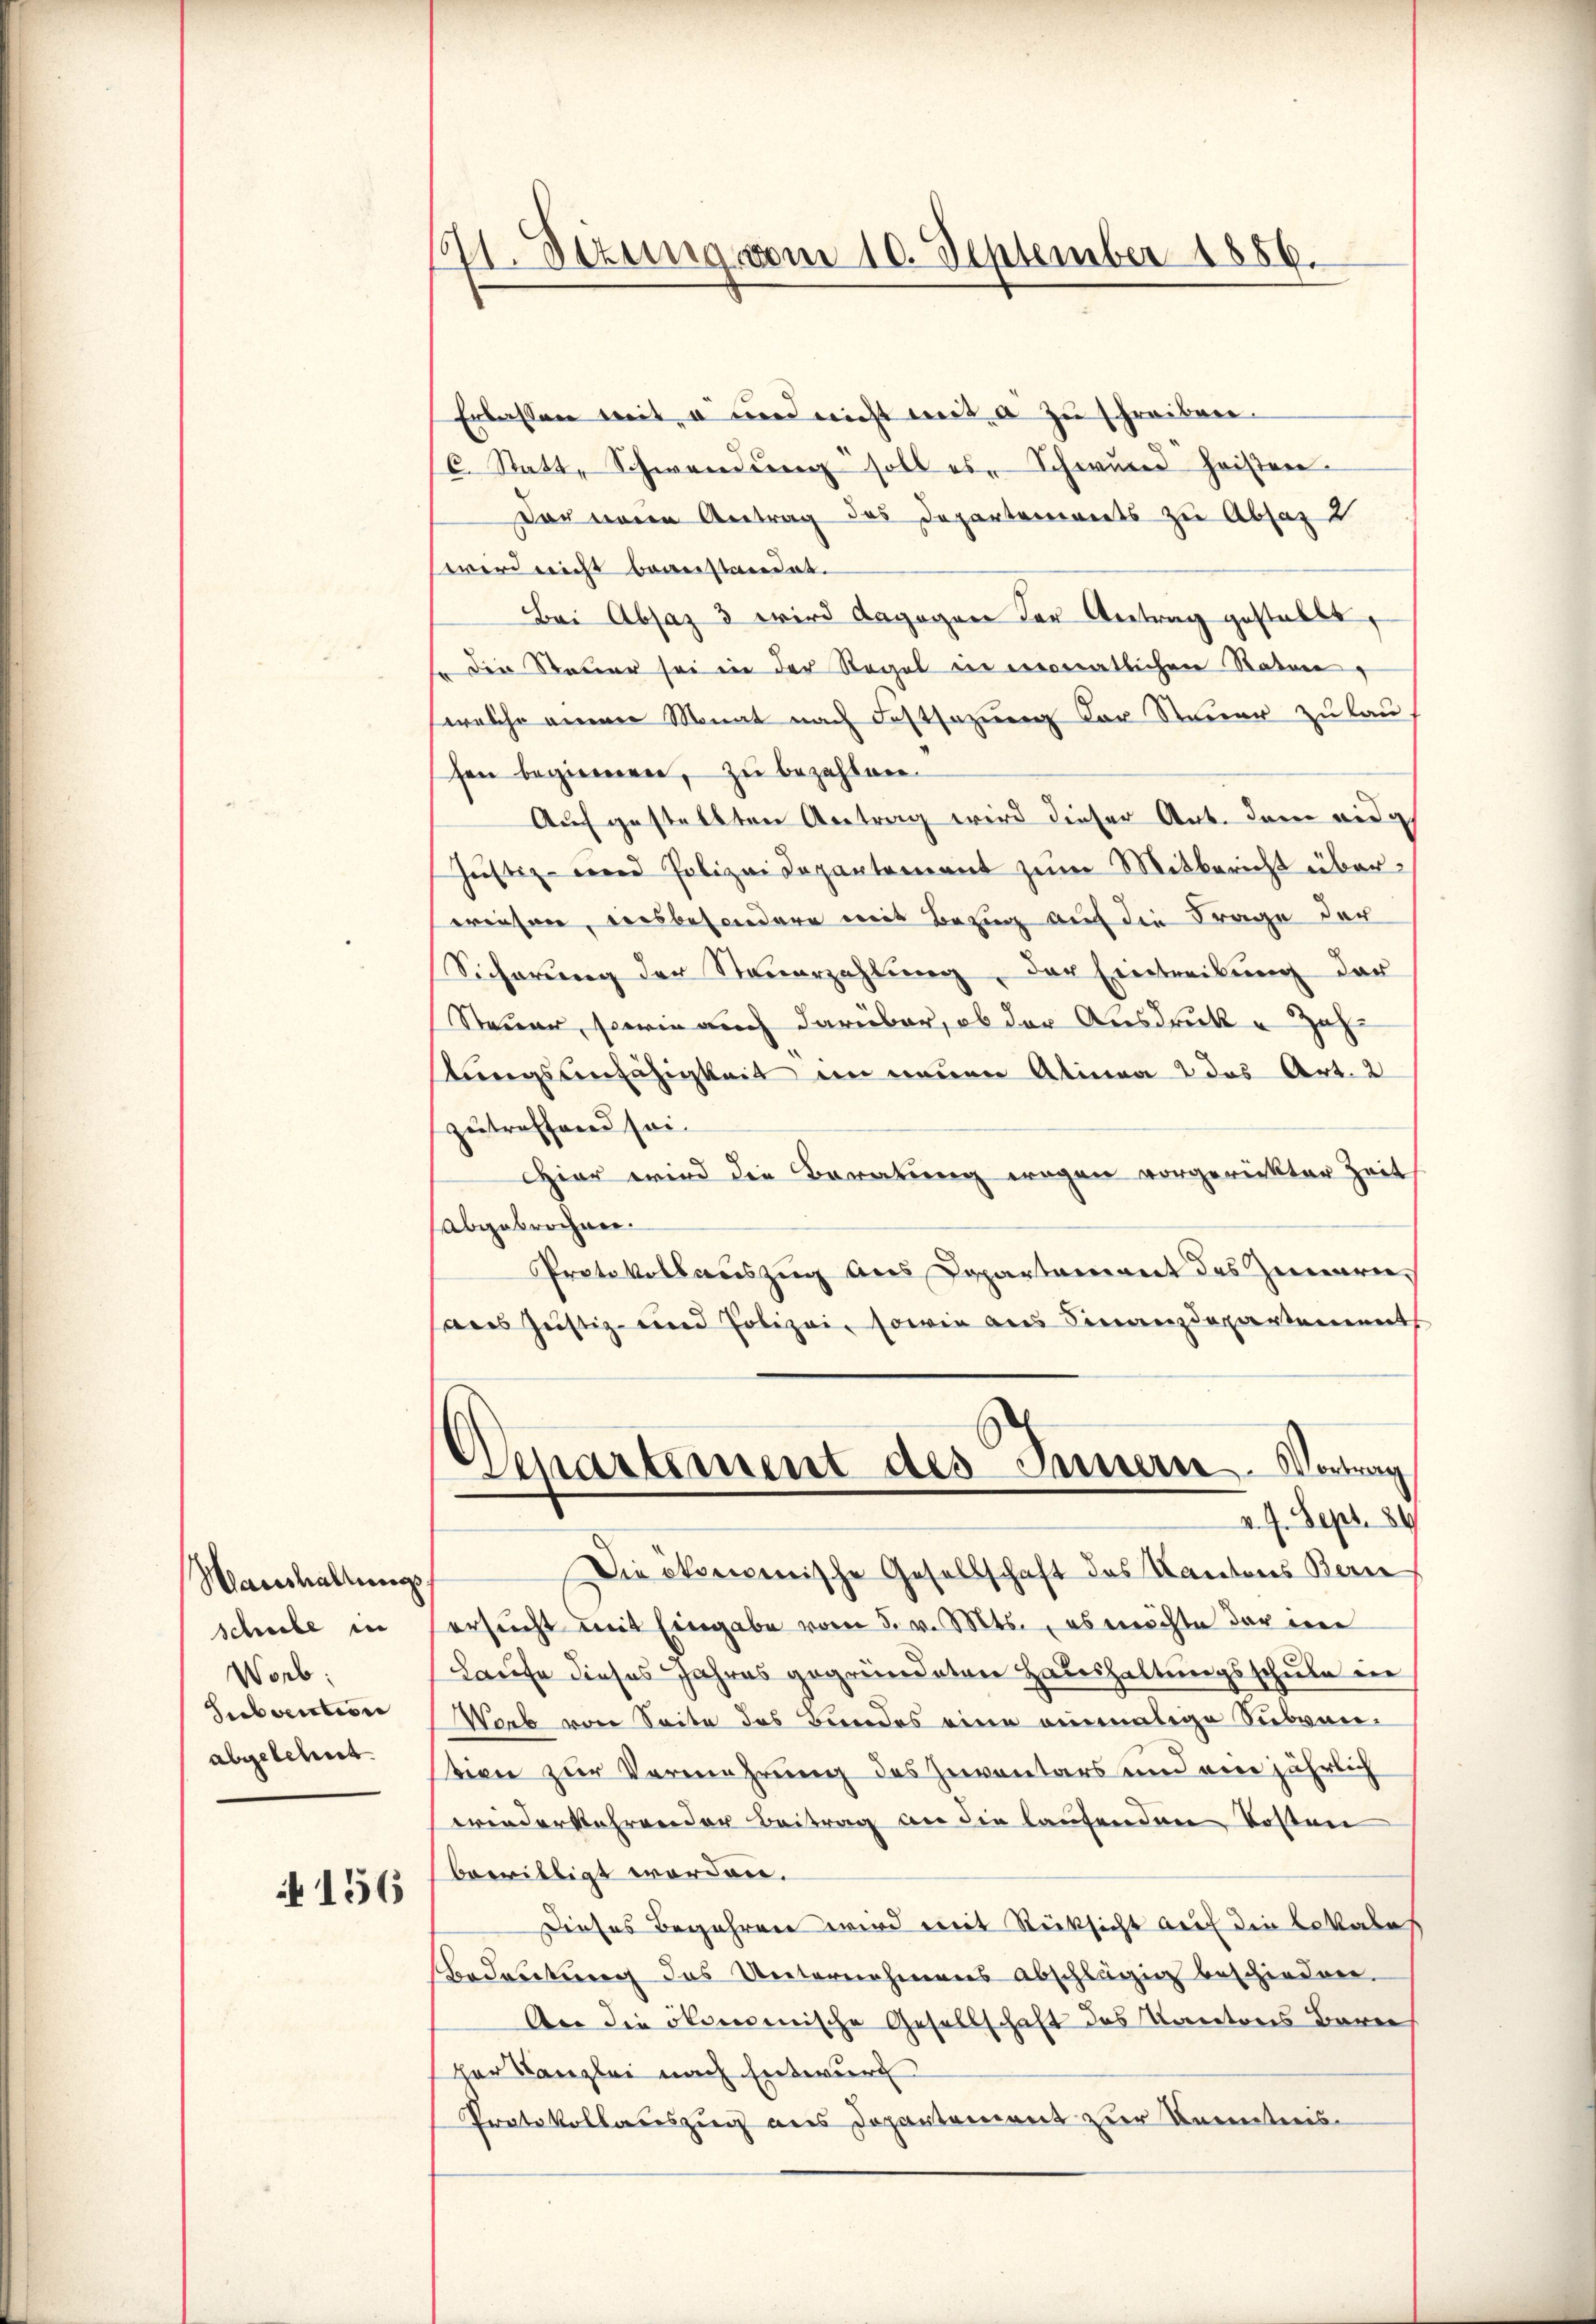
Haushaltungs
schule in
Worb:
Subvention
abgelehnt.

156

41. Situng vom 10. September 1856.

Erlassen mit a und nicht mit a zu schreiben.
C. Statt, Schwendŭng soll es Schwund heisten.
Der einen Antrag des Departements zu Absaz 2
wird nicht beanstandat.
Bei Absaz 3 wird dagegen der Antrag gestellt,
so die Steuer sei in der Regel in vorratlichen Statue
welche einen Monat nach Festsezung der Steuer zu lau
sen beginnen, zu bezahlen¬
Auf gestellten Antrag wird dieser Art. dem eidg
Justiz- und Polizei Departement zum Mitbericht überwiesen, diesbesondere mit Bezug auf die Frage der
Sicherŭng der Steŭerzahlŭng der Eintreibŭng der
Steuer, sowie auch darüber, ob der Ausdruck und Zahstungsunfähigkeit im neuen Alinea 2 das Art. 2
zutreffend sei
Hier wird die Beratung wegen vorgerückter Zeit
Abgebrochner.
Protokollauszug aus Departement des Zimarie
aus Justiz- und Polizei, sowie aus Finanzdepartement
Departement des Innern. Vortrag
v. 4. Sept. 86.
Die ökonomische Gesellschaft des Kantons Berne
ersucht mit Eingabe vom 5. v. Mts., es möchte der eine
Laufe dieses Jahres gegründeten Haushaltungsschule in
Worb von Seite des Bundes eine einmalige Subvenstion zur Vermehrung des Inventars und an jährlich
wiederkehrender Beitrag an die laufenden Kosten
bewilligt worden.
Dieses Begehren wird mit Rücksicht auf die Lokales
Bedeutung das Unternehmens abschlägig beschieden.
An die ökonomische Gesellschaft des Kantons Barei
der Kanzlei nach Entwurf
Protokollauszug aus Departement zur Kenntnis